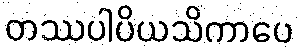
တဿပါပိယသိကာပေ